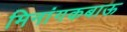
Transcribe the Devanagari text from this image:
मिनांगकबाऊ